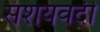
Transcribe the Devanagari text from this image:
संशयवदी